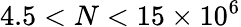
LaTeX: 4.5<N<15\times 10^{6}